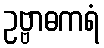
ဥဗ္ဗာဓကရံ